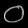
Digit: ၀